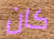
كان